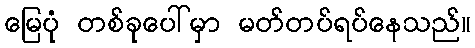
မြေပုံ တစ်ခုပေါ်မှာ မတ်တပ်ရပ်နေသည်။